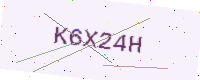
Text: K6X24H